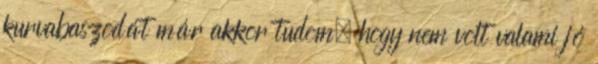
kurvabaszodát már akkor tudom, hogy nem volt valami jó